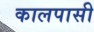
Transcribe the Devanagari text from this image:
कालपासी